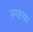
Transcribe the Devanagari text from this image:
स्पष्टया